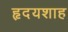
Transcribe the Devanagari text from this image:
हृदयशाह